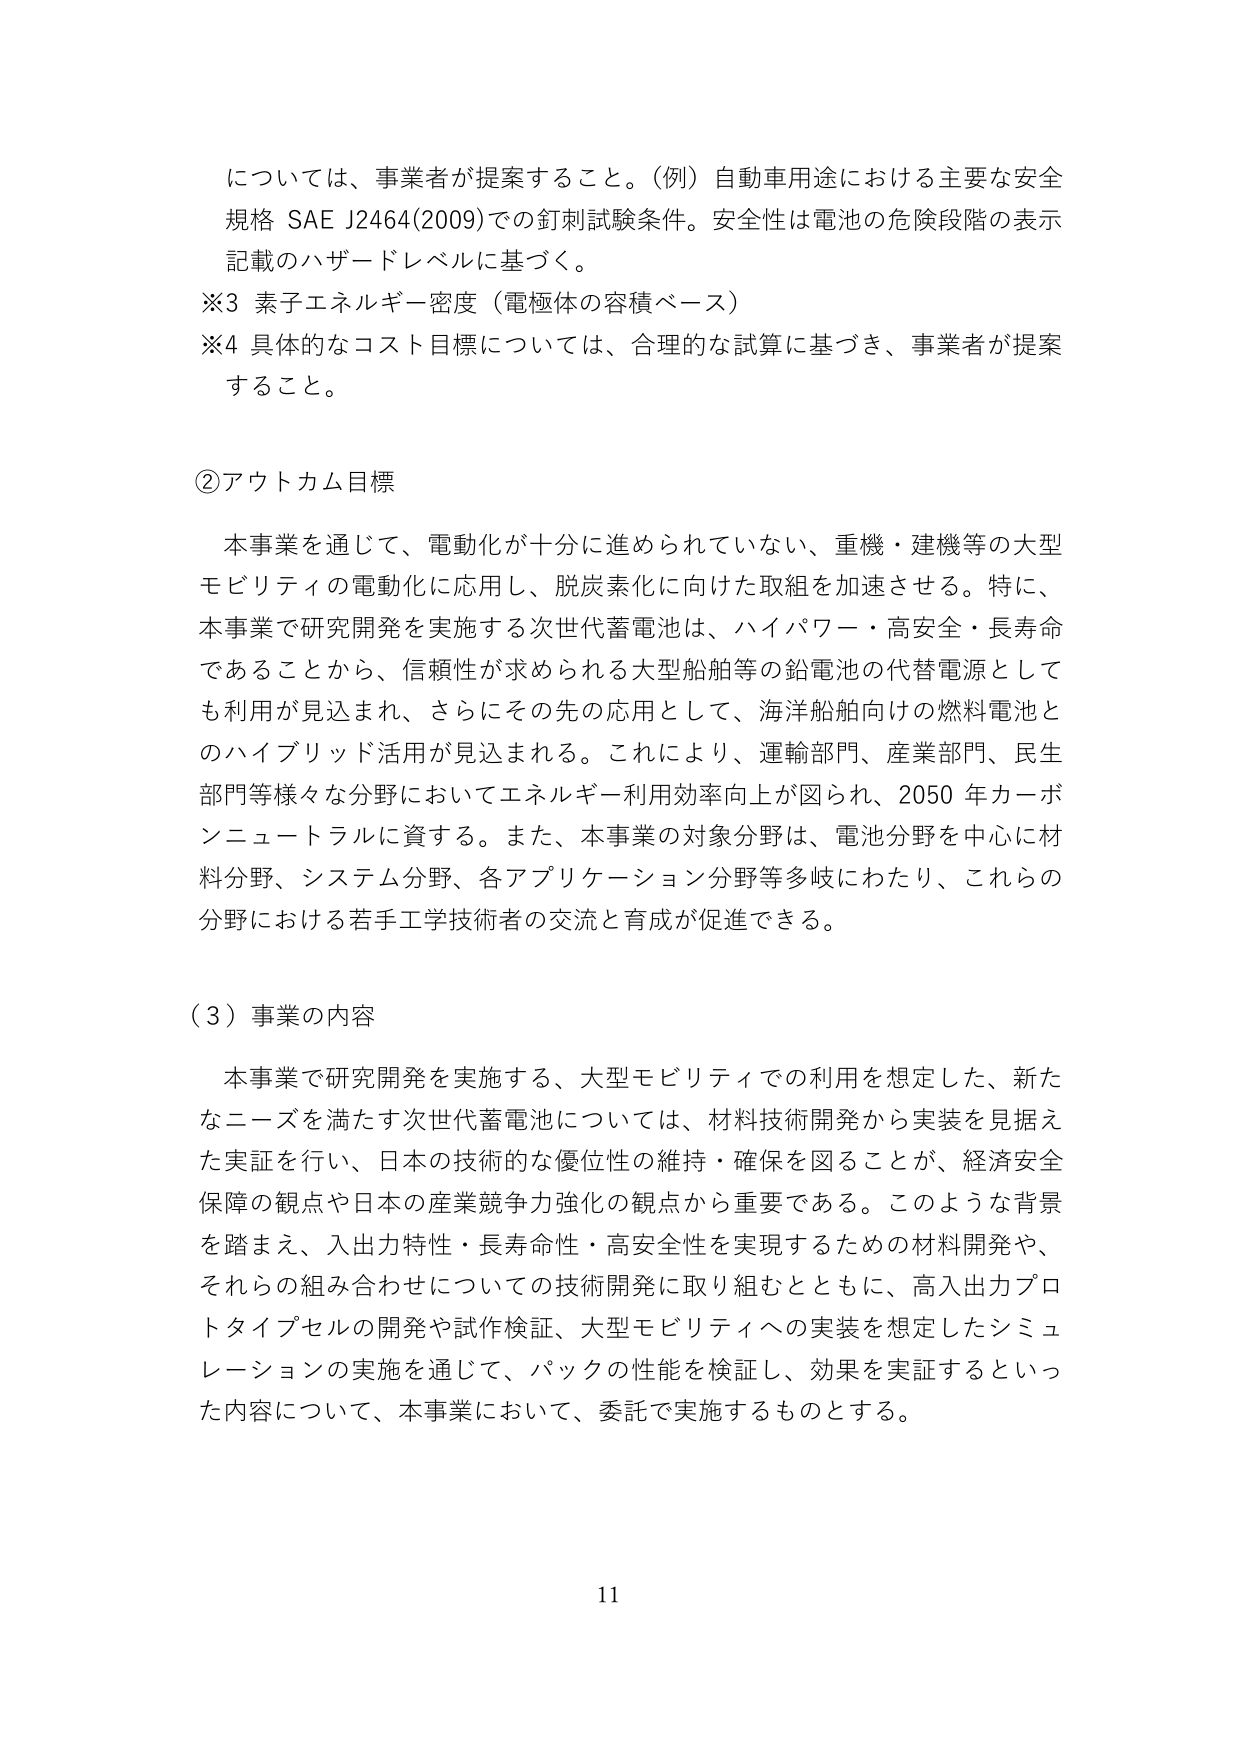
については、事業者が提案すること。（例）自動車用途における主要な安全
規格 SAE J2464(2009)での釘刺試験条件。安全性は電池の危険段階の表示
記載のハザードレベルに基づく。
※3 素子エネルギー密度（電極体の容積ベース）
※4 具体的なコスト目標については、合理的な試算に基づき、事業者が提案
すること。

②アウトカム目標
本事業を通じて、電動化が十分に進められていない、重機・建機等の大型
モビリティの電動化に応用し、脱炭素化に向けた取組を加速させる。特に、
本事業で研究開発を実施する次世代蓄電池は、ハイパワー・高安全・長寿命
であることから、信頼性が求められる大型船舶等の鉛電池の代替電源として
も利用が見込まれ、さらにその先の応用として、海洋船舶向けの燃料電池と
のハイブリッド活用が見込まれる。これにより、運輸部門、産業部門、民生
部門等様々な分野においてエネルギー利用効率向上が図られ、2050 年カーボ
ンニュートラルに資する。また、本事業の対象分野は、電池分野を中心に材
料分野、システム分野、各アプリケーション分野等多岐にわたり、これらの
分野における若手工学技術者の交流と育成が促進できる。

（3）事業の内容
本事業で研究開発を実施する、大型モビリティでの利用を想定した、新た
なニーズを満たす次世代蓄電池については、材料技術開発から実装を見据え
た実証を行い、日本の技術的な優位性の維持・確保を図ることが、経済安全
保障の観点や日本の産業競争力強化の観点から重要である。このような背景
を踏まえ、入出力特性・長寿命性・高安全性を実現するための材料開発や、
それらの組み合わせについての技術開発に取り組むとともに、高入出力プロ
トタイプセルの開発や試作検証、大型モビリティへの実装を想定したシミュ
レーションの実施を通じて、パックの性能を検証し、効果を実証するといっ
た内容について、本事業において、委託で実施するものとする。

11